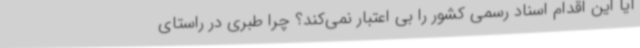
آیا این اقدام اسناد رسمی کشور را بی اعتبار نمی‌کند؟ چرا طبری در راستای